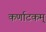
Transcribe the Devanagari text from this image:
कर्णाटकम्